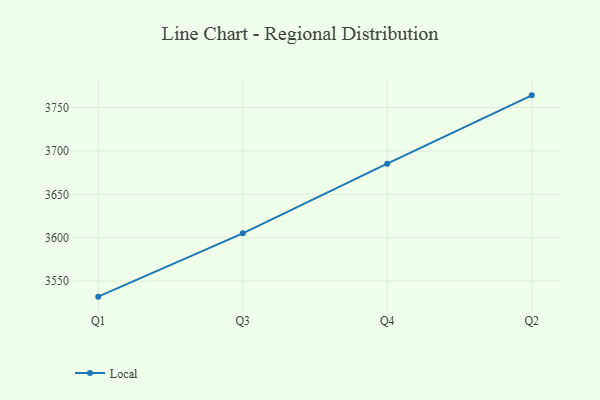
{"axis": {"x": "Quarter", "y": "Waste Production (Tons)"}, "legend": ["Local"], "data": [{"x": "Q1", "y": 3532.1, "type": "Local"}, {"x": "Q3", "y": 3605.1, "type": "Local"}, {"x": "Q4", "y": 3685.4, "type": "Local"}, {"x": "Q2", "y": 3764.1, "type": "Local"}]}